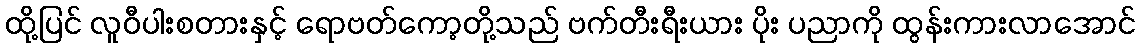
ထို့ပြင် လူဝီပါးစတားနှင့် ရောဗတ်ကော့တို့သည် ဗက်တီးရီးယား ပိုး ပညာကို ထွန်းကားလာအောင်